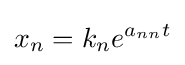
x_{n}=k_{n}e^{a_{nn}t}